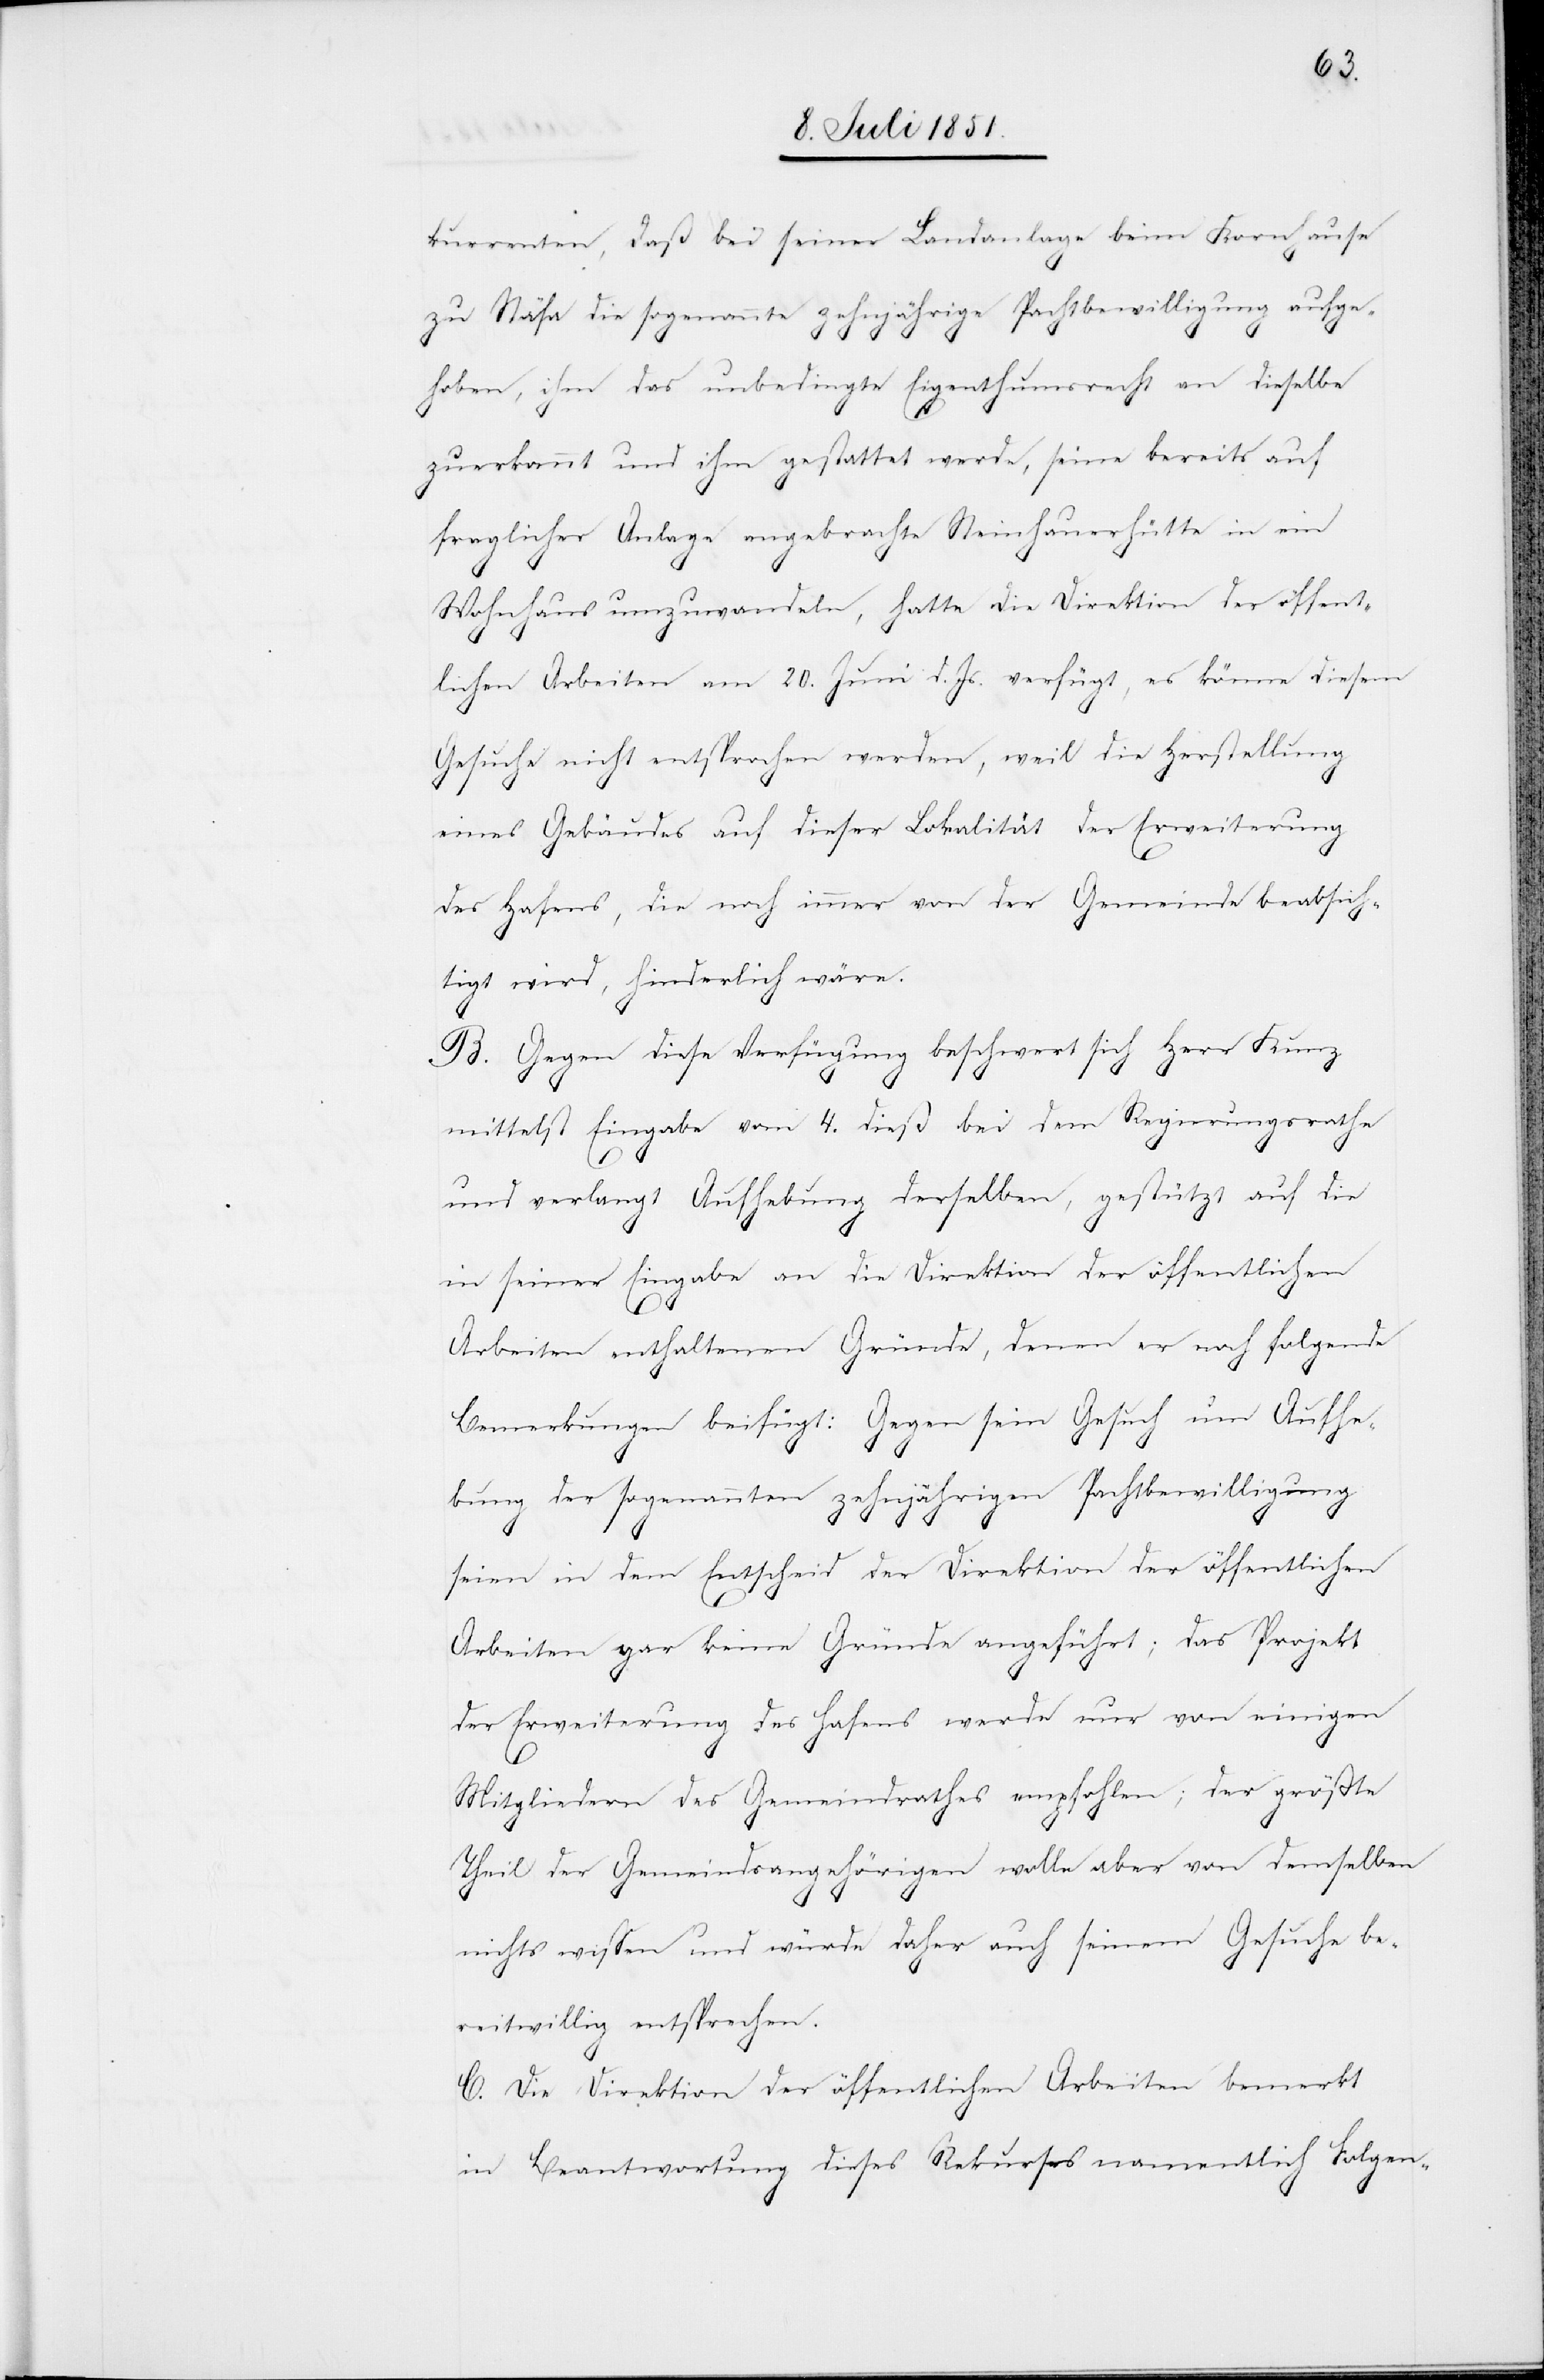
kurrenten, daß bei seiner Landanlage beim Kornhause
zu Stäfa die sogenannte zehnjährige Pachtbewilligung aufge¬
hoben, ihm das unbedingte Eigenthumsrecht an dieselbe
zuerkannt und ihm gestattet werde, seine bereits auf
fraglicher Anlage angebrachte Steinhauerhütte in ein
Wohnhaus umzuwandeln, hatte die Direktion der öffent¬
lichen Arbeiten am 20. Juni d. Js. verfügt, es könne diesem
Gesuche nicht entsprochen werden, weil die Herstellung
eines Gebäudes auf dieser Lokalität der Erweiterung
des Hafens, die noch immer von der Gemeinde beabsich¬
tigt wird, hinderlich wäre.
B. Gegen diese Verfügung beschwert sich Herr Kunz
mittelst Eingabe vom 4. dieß bei dem Regierungsrathe
und verlangt Aufhebung derselben, gestützt auf die
in seiner Eingabe an die Direktion der öffentlichen
Arbeiten enthaltenen Gründe, denen er noch folgende
Bemerkungen beifügt: Gegen sein Gesuch um Aufhe¬
bung der sogenannten zehnjährigen Pachtbewilligung
seien in dem Entscheid der Direktion der öffentlichen
Arbeiten gar keine Gründe angeführt; das Projekt
der Erweiterung des Hafens werde nur von einigen
Mitgliedern des Gemeindrathes empfohlen; der größte
Theil der Gemeindsangehörigen wolle aber von demselben
nichts wissen und würde daher auch seinem Gesuche be¬
reitwillig entsprechen.
C. Die Direktion der öffentlichen Arbeiten bemerkt
in Beantwortung dieses Rekurses namentlich Folgen-